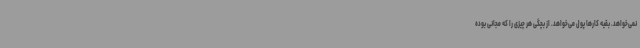
نمی‌خواهد. بقیه کارها پول می‌خواهد. از بچگی هر چیزی را که مجانی بوده